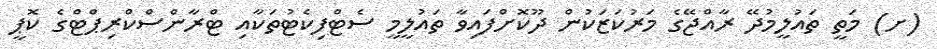
(ށ) މަތީ ތައުލީމުދޭ ރާއްޖޭގެ މަރުކަޒަކުން ދޫކޮށްފައިވާ ތައުލީމީ ސެޓްފިކެޓުތަކާއި ޓްރާންސްކްރިޕްޓްގެ ކޮޕީ